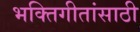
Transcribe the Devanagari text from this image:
भक्तिगीतांसाठी